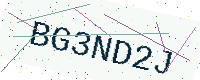
Text: BG3ND2J